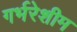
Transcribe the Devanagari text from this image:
गर्भरेशीम